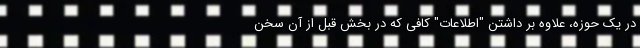
در یک حوزه، علاوه بر داشتن "اطلاعات" کافی که در بخش قبل از آن سخن